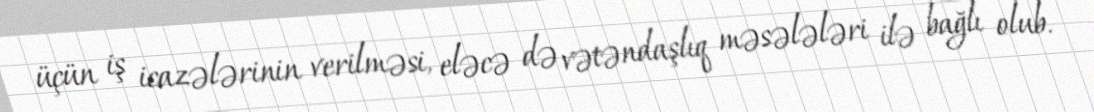
üçün iş icazələrinin verilməsi, eləcə də vətəndaşlıq məsələləri ilə bağlı olub.